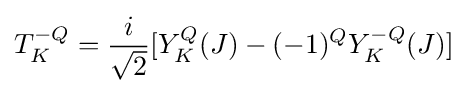
T_{K}^{-Q}={\frac {i}{\sqrt {2}}}[Y_{K}^{Q}(J)-(-1)^{Q}Y_{K}^{-Q}(J)]